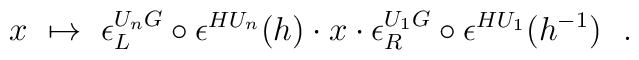
x\ \mapsto\ \epsilon_{L}^{U_nG}\circ\epsilon^{HU_n}\bigl(h\bigr)\cdot x\cdot\epsilon_{R}^{U_1G}\circ\epsilon^{HU_1}\bigl(h^{-1}\bigr)\ \ .